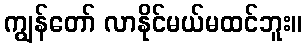
ကျွန်တော် လာနိုင်မယ်မထင်ဘူး။